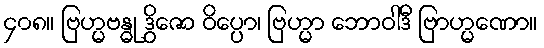
၄၀၈။ ဗြဟ္မဗန္ဓု ဒွိဇော ဝိပ္ပော၊ ဗြဟ္မာ ဘောဝါဒီ ဗြာဟ္မဏော။